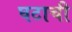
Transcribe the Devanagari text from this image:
घटाची